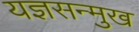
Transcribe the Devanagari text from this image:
यज्ञसन्मुख